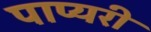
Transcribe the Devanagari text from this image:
पाप्यरी